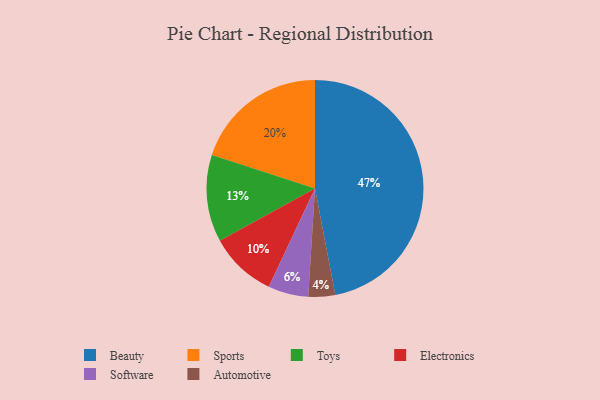
{"axis": {"x": "Category", "y": "Percentage"}, "legend": ["Automotive", "Beauty", "Electronics", "Software", "Sports", "Toys"], "data": [{"x": "Beauty", "y": 47, "type": "Beauty"}, {"x": "Toys", "y": 13, "type": "Toys"}, {"x": "Automotive", "y": 4, "type": "Automotive"}, {"x": "Electronics", "y": 10, "type": "Electronics"}, {"x": "Sports", "y": 20, "type": "Sports"}, {"x": "Software", "y": 6, "type": "Software"}]}